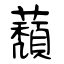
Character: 蘈